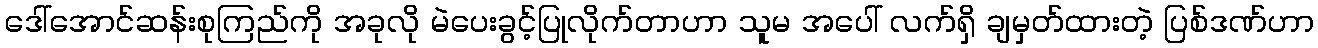
ဒေါ်အောင်ဆန်းစုကြည်ကို အခုလို မဲပေးခွင့်ပြုလိုက်တာဟာ သူမ အပေါ် လက်ရှိ ချမှတ်ထားတဲ့ ပြစ်ဒဏ်ဟာ